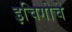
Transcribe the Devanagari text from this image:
इचिगोचे